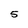
Character: 5